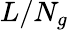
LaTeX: {L}/{{{N}_{g}}}